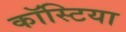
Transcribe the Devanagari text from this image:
कॉस्टिया